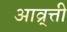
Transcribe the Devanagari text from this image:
आव्र्त्ती